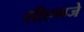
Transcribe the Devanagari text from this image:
सीएमजे